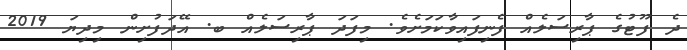
ދެ ފޫޓުގެ ޕާރިސަލެއް ފެނިފައިވާކަމަށެވެ. މިފަދަ ޕާރިސަލެއް ބ. އޭދަފުށިން މިދިޔަ 2019